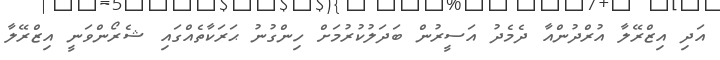
އަދި އިޒްރޭލާ އުރްދުންއާ ދެމެދު އަސީރުން ބަދަލުކުރުމަށް ހިންގުނު ޙަރަކާތެއްގައި ޝެރޯންވަނީ އިޒްރޭލާ